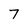
Character: 7